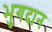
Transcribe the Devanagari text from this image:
भुगदान